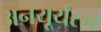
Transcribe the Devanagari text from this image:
अनयूर्यस्म